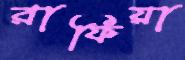
রাফিয়া